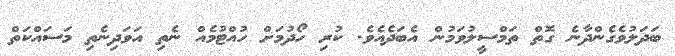
ބަދަލުވެގެންދާނެ ގޮތް ތަމްސީލުވަމުން އެބަދެއެވެ. ކުރި ހޯދުމަށް ހުއްޓުމެއް ނެތި އަވަދިނެތި މަސައްކަތް